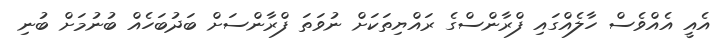
އެއީ އެއްވެސް ހާލެއްގައި ފްރާންސްގެ ރައްޔިތަކަށް ނުވަތަ ފްރާންސަށް ބަދުބަހެއް ބުނުމަށް ބުނި